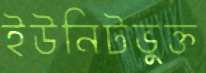
ইউনিটভুক্ত